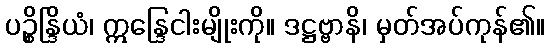
ပဉ္စိန္ဒြိယံ၊ ဣန္ဒြေငါးမျိုးကို။ ဒဋ္ဌဗ္ဗာနိ၊ မှတ်အပ်ကုန်၏။